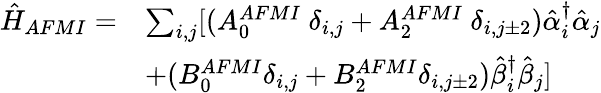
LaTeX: \begin{array}{ll}{\hat{H}_{AFMI}=}&{\sum_{i,j}[{(A_{0}^{AFMI}\ {\delta}_{i,j}+A_{2}^{AFMI}\ {\delta}_{i,j\pm 2})\hat{\alpha}_{i}^{\dagger}\hat{\alpha}_{j}}}\\ &{+(B_{0}^{AFMI}{\delta}_{i,j}+B_{2}^{AFMI}{\delta}_{i,j\pm 2})\hat{\beta}_{i}^{\dagger}\hat{\beta}_{j}]}\end{array}